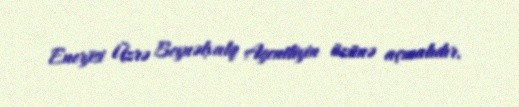
Enerjisi Üzrə Beynəlxalq Agentliyin üzünə açmalıdır.